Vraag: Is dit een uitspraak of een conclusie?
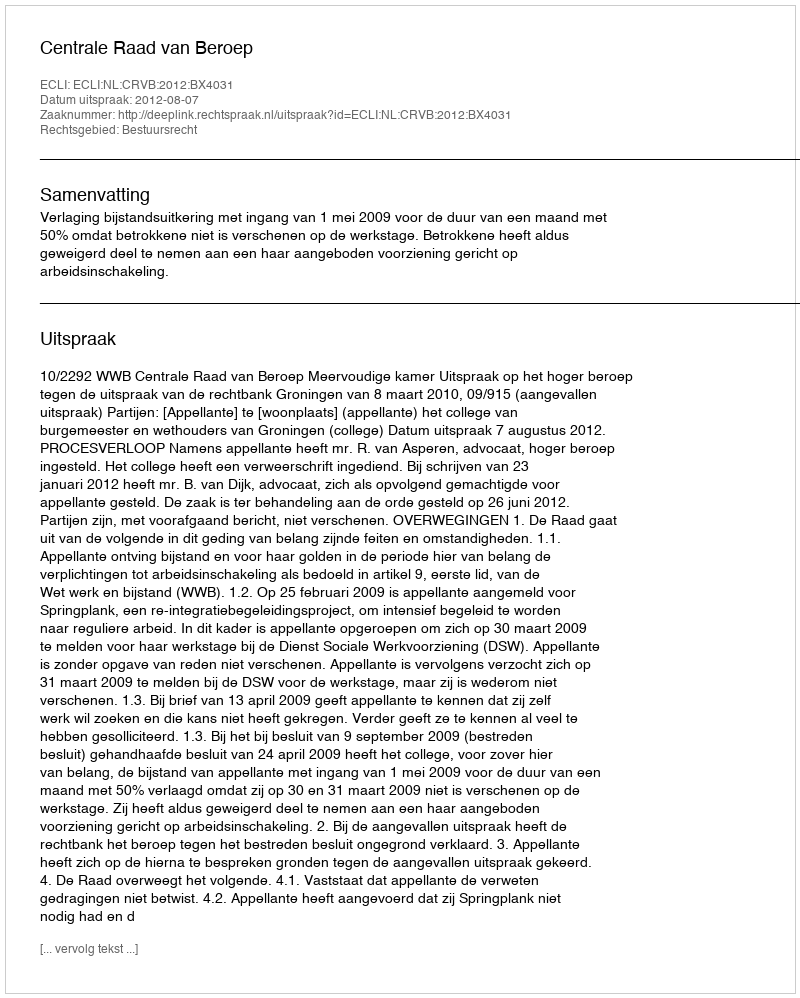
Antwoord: Uitspraak